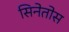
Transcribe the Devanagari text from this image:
सिनेतोस